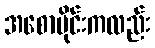
အစောပိုင်းကလည်း